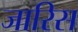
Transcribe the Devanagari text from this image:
जारिस